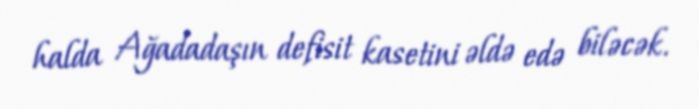
halda Ağadadaşın defisit kasetini əldə edə biləcək.